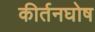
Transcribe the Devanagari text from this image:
कीर्तनघोष